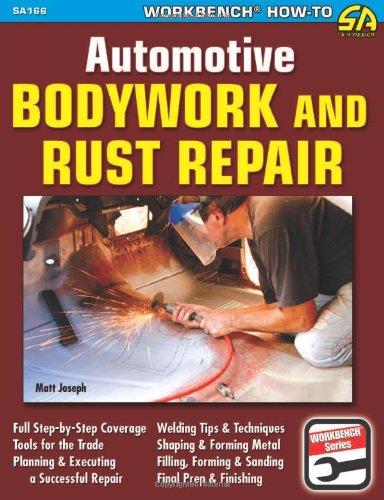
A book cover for Automotive Bodywork & Rust Repair; Matt Joseph; Engineering & Transportation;